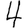
Digit: 4